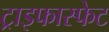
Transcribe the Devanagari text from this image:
ट्राइफास्फेट